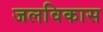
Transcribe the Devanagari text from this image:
जलविकास